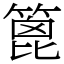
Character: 篦